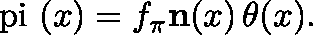
\mathrm { \boldmath ~ \ p i ~ } ( x ) = f _ { \pi } { \bf n } ( x ) \, \theta ( x ) .